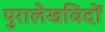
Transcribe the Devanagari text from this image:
पुरालेखविदों